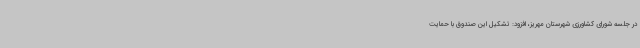
در جلسه شورای کشاورزی شهرستان مهریز، افزود: تشکیل این صندوق با حمایت